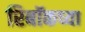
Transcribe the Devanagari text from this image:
रिबॉकच्या